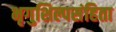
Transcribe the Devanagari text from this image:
भृगुशिल्पसंहिता